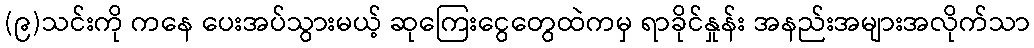
(၉)သင်းကို ကနေ ပေးအပ်သွားမယ့် ဆုကြေးငွေတွေထဲကမှ ရာခိုင်နှုန်း အနည်းအများအလိုက်သာ